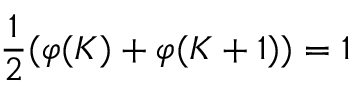
\frac { 1 } { 2 } ( \varphi ( K ) + \varphi ( K + 1 ) ) = 1